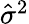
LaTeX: \textstyle{\hat{\sigma}}^{2}